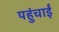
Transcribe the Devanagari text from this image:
पहुंचाईं